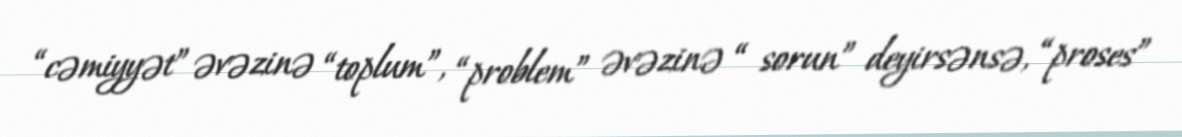
“cəmiyyət” əvəzinə “toplum”, “problem” əvəzinə “ sorun” deyirsənsə, “proses”